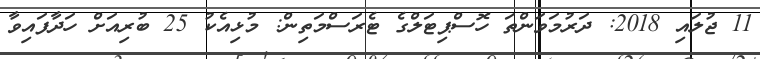
11 ޖުލައި 2018: ދަރުމަވަންތަ ހޮސްޕިޓަލްގެ ޓެރަސްމަތިން: މުޅިއެކު 25 ބުރިއަށް ހަދާފައިވާ